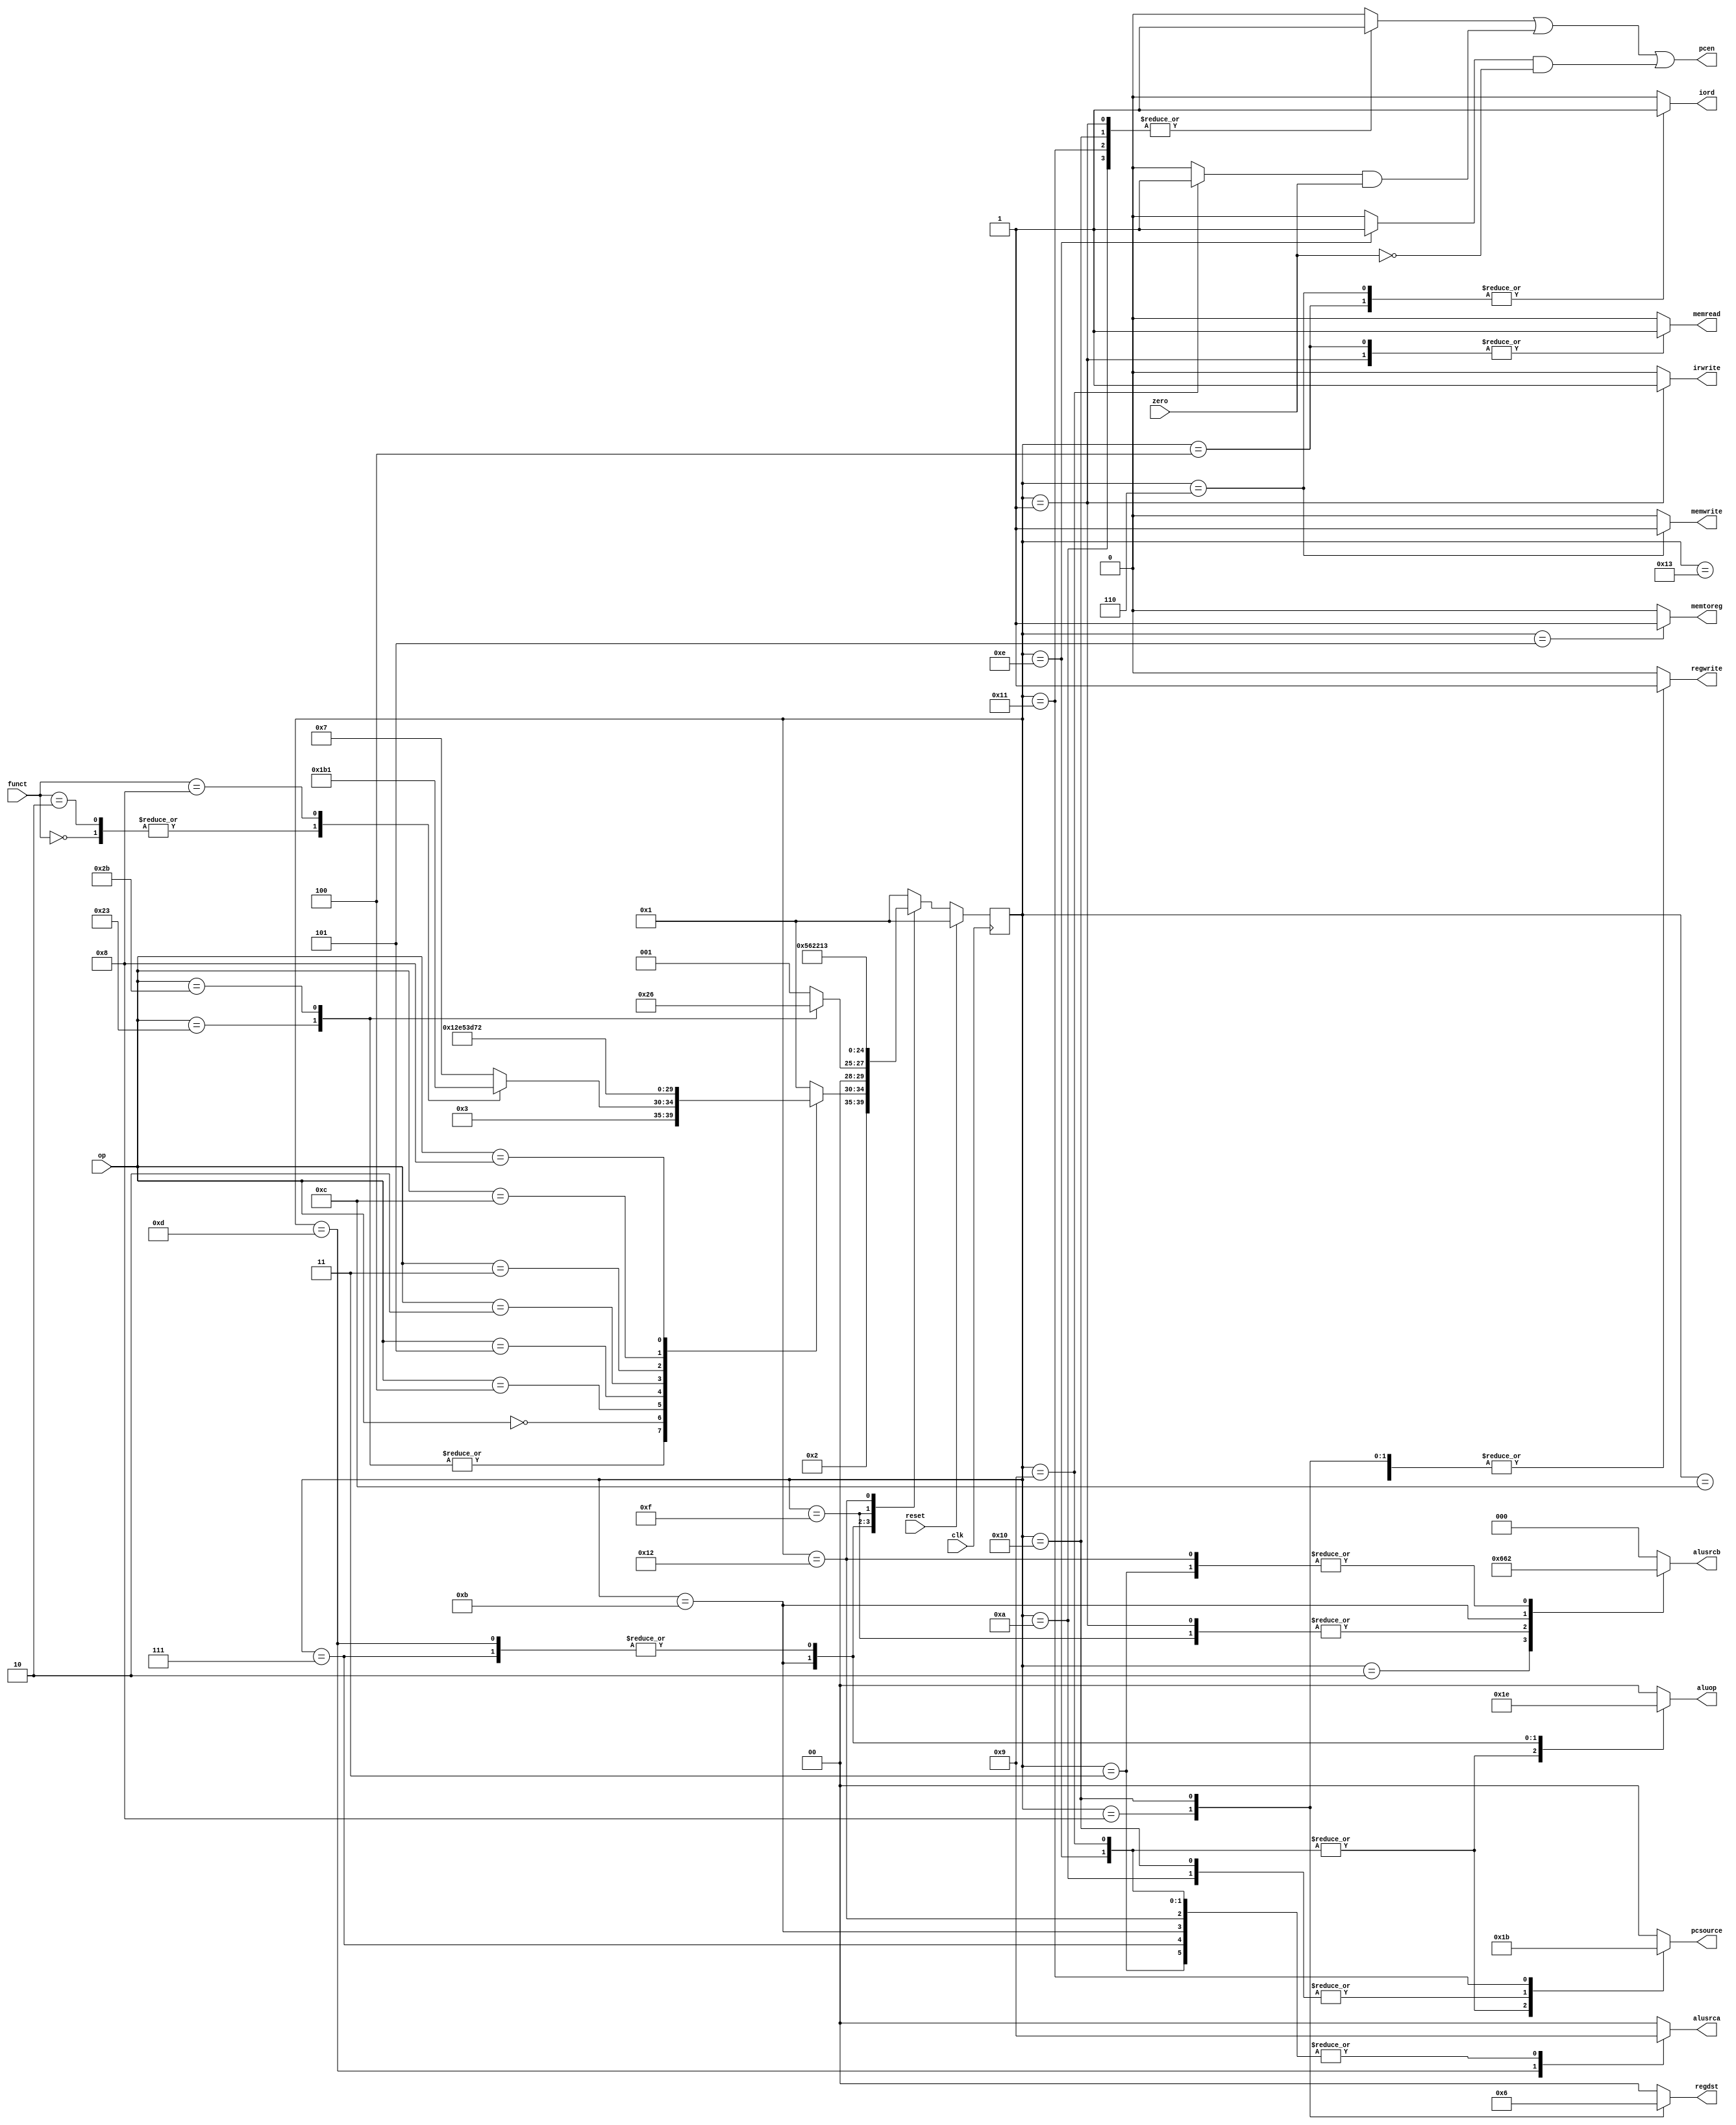
`timescale 1ns / 1ps
//////////////////////////////////////////////////////////////////////////////////
// Company: 
// Engineer: 
// 
// Design Name: 
// Module Name: controller
// Project Name: 
// Target Devices: 
// Tool Versions: 
// Description: 
// 
// Dependencies: 
// 
// Revision:
// Revision 0.01 - File Created
// Additional Comments:
// 
//////////////////////////////////////////////////////////////////////////////////


module controller(
	input					     clk, reset,
	input      [5:0]			 op, funct,
	input                        zero,
	output     reg               memread, memwrite, memtoreg, iord,
	output                       pcen,
	output     reg               regwrite, 
	output     reg  [1:0]        regdst, pcsource, aluop, alusrca,
	output     reg  [2:0]        alusrcb,
	output     reg               irwrite
    );
    
    // state
    reg [4:0]   state, nextstate;
    reg         pcwrite, pcwritecond, pcwritecond_notzero;
    parameter   FETCH    =   5'b00001;       // 1
    parameter   DECODE   =   5'b00010;       // 2
    parameter   MEMADR   =   5'b00011;       // 3
    parameter   LWRD     =   5'b00100;       // 4
    parameter   LWWR     =   5'b00101;       // 5
    parameter   SWWR     =   5'b00110;       // 6
    parameter   RTYPEEX  =   5'b00111;       // 7
    parameter   RTYPEWR  =   5'b01000;       // 8
    parameter   BEQEX    =   5'b01001;       // 9
    parameter   JEX      =   5'b01010;       // 10
    parameter   ANDIEX   =   5'b01011;       // 11
    parameter   ANDIWR   =   5'b01100;       // 12
    parameter   SHAMT    =   5'b01101;       // 13
    parameter   BNEEX    =   5'b01110;       // 14
    parameter   JALCAL   =   5'b01111;       // 15
    parameter   JALEX    =   5'b10000;       // 16
    parameter   JR       =   5'b10001;       // 17
    parameter   ADDIEX   =   5'b10010;       // 18
    parameter   ADDIWR   =   5'b10011;       // 19
    
    // op
    parameter   LW       =   6'b100011;     // 0x23
    parameter   SW       =   6'b101011;     // 0x2b
    parameter   RTYPE    =   6'b000000;     // 0x00
    parameter   BEQ      =   6'b000100;     // 0x04
    parameter   BNE      =   6'b000101;     // 0x05
    parameter   J        =   6'b000010;     // 0x02
    parameter   JAL      =   6'b000011;     // 0x03
    parameter   ANDI     =   6'b001100;     // 0x0c
    parameter   ADDI     =   6'b001000;     // 0x08
    
    // state register
    always @(posedge clk)
        if(reset) state <= FETCH;
        else state <= nextstate;
        
    // update nextstate
    always @(*) begin
        case (state)
            FETCH:      nextstate   <=  DECODE;
            DECODE:     case (op)
                            LW:         nextstate   <=  MEMADR;
                            SW:         nextstate   <=  MEMADR;
                            RTYPE:      case (funct)
                                            6'b000000:  nextstate   <=  SHAMT;      // sll
                                            6'b000010:  nextstate   <=  SHAMT;      // srl
                                            6'b001000:  nextstate   <=  JR;         // jr
                                            default:    nextstate   <=  RTYPEEX;
                                        endcase
                            BEQ:        nextstate   <=  BEQEX;
                            BNE:        nextstate   <=  BNEEX;
                            J:          nextstate   <=  JEX;
                            JAL:        nextstate   <=  JALCAL;
                            ANDI:       nextstate   <=  ANDIEX;
                            ADDI:       nextstate   <=  ADDIEX;
                            default:    nextstate   <=  FETCH;  // control never reach here
                        endcase
            MEMADR:     case (op)
                            LW:         nextstate   <=  LWRD;
                            SW:         nextstate   <=  SWWR;
                            default:    nextstate   <=  FETCH;  // control never reach here
                        endcase
            LWRD:       nextstate   <=  LWWR;
            RTYPEEX:    nextstate   <=  RTYPEWR;
            ANDIEX:     nextstate   <=  ANDIWR;
            SHAMT:      nextstate   <=  RTYPEWR;
            JALCAL:     nextstate   <=  JALEX;
            ADDIEX:     nextstate   <=  ADDIWR;
            default:    nextstate   <=  FETCH;
        endcase
    end
    
    // send control signal
    always @(*) begin
        // initial signal outputs
        irwrite     <=  0;          pcwritecond_notzero <= 0;
        pcwrite     <=  0;          pcwritecond     <=  0;
        regwrite    <=  0;          regdst          <=  2'b00;
        memread     <=  0;          memwrite        <=  0;
        alusrca     <=  2'b00;      alusrcb         <=  3'b000;
        aluop       <=  2'b00;      pcsource        <=  2'b00;
        iord        <=  0;          memtoreg        <=  0;
        case (state)
            FETCH: begin
                memread     <=  1;
                irwrite     <=  1;
                alusrcb     <=  3'b001;
                pcwrite     <=  1;
            end
            
            DECODE: begin
                alusrcb     <=  3'b011;  // calculate beq offset+pc beforehand
            end
            
            MEMADR: begin
                alusrca     <=  2'b01;   // choose register A
                alusrcb     <=  3'b010;  // choose instr's imme(to be added with register rs)
            end
            
            LWRD: begin
               memread      <=  1;
               iord         <=  1;
            end
            
            LWWR: begin
                regwrite    <=  1;
                memtoreg    <=  1;
            end
            
            SWWR: begin
                memwrite    <=  1;
                iord        <=  1;
            end
            
            RTYPEEX: begin
                alusrca      <=  2'b01;  // choose register A and B(default)
                aluop        <=  2'b10;  // RTYPE: utilize funct
            end
            
            RTYPEWR: begin
                regdst      <=  2'b01;  // choose register rt
                regwrite    <=  1;
            end
            
            BEQEX: begin
                alusrca     <=  2'b01;
                aluop       <=  2'b01;
                pcwritecond <=  1;
                pcsource    <=  2'b01;  // beq offset+pc already in aluout
            end
            
            BNEEX: begin
                alusrca     <=  2'b01;
                aluop       <=  2'b01;
                pcwritecond_notzero <= 1;
                pcsource    <=  2'b01;  // bne, similar to beq
            end
            
            JEX: begin
                pcwrite     <=  1;
                pcsource    <=  2'b10;  // choose j target
            end
            
            JALCAL: begin
                alusrcb     <=  3'b001; // choose CONST_FOUR to add PC
            end
            
            JALEX: begin
                regdst      <=  2'b10;
                regwrite    <=  1;
                pcwrite     <=  1;
                pcsource    <=  2'b10;  // choose j target
            end
            
            ANDIEX: begin
                alusrca     <=  2'b01;
                alusrcb     <=  3'b100;
                aluop       <=  2'b11;
            end
            
            ANDIWR: begin
                regwrite    <=  1;
            end
            
            SHAMT: begin
                alusrca     <=  2'b10;  // choose shamt and register B(default)
                aluop       <=  2'b10;  // RTYPE: utilize funct
            end
            
            JR: begin
                pcwrite     <=  1;
                pcsource    <=  2'b11;  // choose output of register A
            end
            
            ADDIEX: begin
                alusrca     <=  2'b01;
                alusrcb     <=  3'b010;
                aluop       <=  2'b00;    
            end
            
            ADDIWR: begin
                regwrite    <=  1;
            end
        endcase
    end
 
    // PC enable
    assign pcen = pcwrite | (pcwritecond & zero) | (pcwritecond_notzero & (~zero));   
    
endmodule